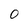
Character: 0